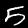
Label: 5